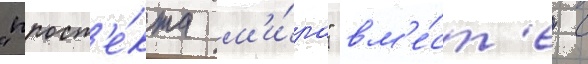
"просп'е́кта м'и́ра" вм'е́ст'е с